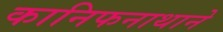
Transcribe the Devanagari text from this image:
कानिफनाथाने